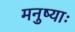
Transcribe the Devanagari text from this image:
मनुष्याः